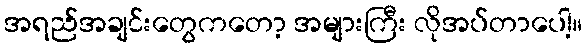
အရည်အချင်းတွေကတော့ အများကြီး လိုအပ်တာပေါ့။